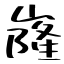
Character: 嶐